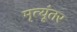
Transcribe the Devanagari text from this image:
मृत्यूंतर